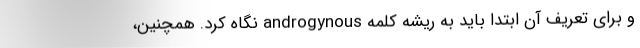
و برای تعریف آن ابتدا باید به ریشه کلمه androgynous نگاه کرد. همچنین،